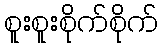
စူးစူးစိုက်စိုက်